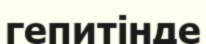
гепитінде